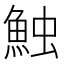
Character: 𩶥